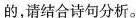
的，请结合诗句分析。